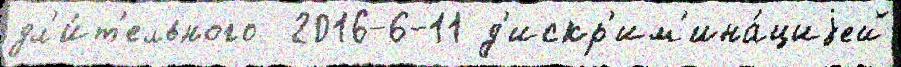
дл'и́т'ельного  2016-6-11 д'искр'им'ина́циjей